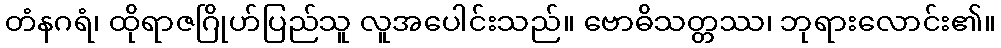
တံနဂရံ၊ ထိုရာဇဂြိုဟ်ပြည်သူ လူအပေါင်းသည်။ ဗောဓိသတ္တဿ၊ ဘုရားလောင်း၏။